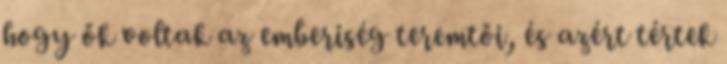
hogy ők voltak az emberiség teremtői, és azért tértek